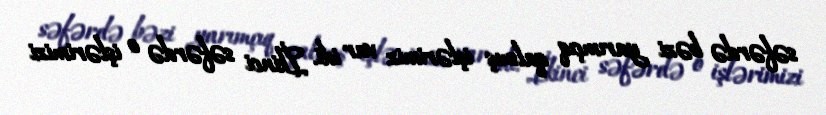
səfərdə bəzi yarımçıq qalmış işlərimiz var idi. İkinci səfərdə o işlərimizi